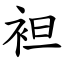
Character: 袒